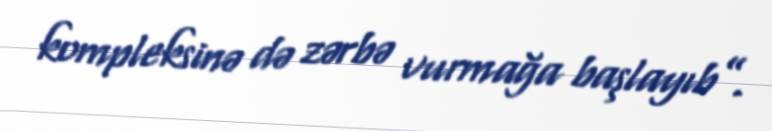
kompleksinə də zərbə vurmağa başlayıb”.